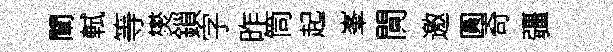
闡軾等爕鎻字昨筒起峯閴邀圓奇疆